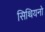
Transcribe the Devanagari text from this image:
सिथियनो